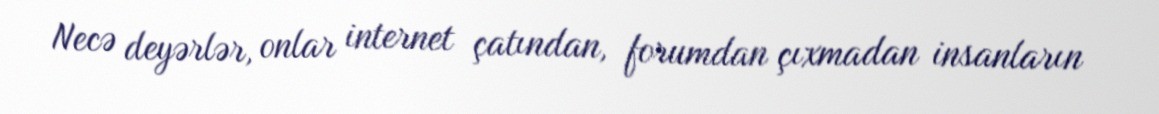
Necə deyərlər, onlar internet çatından, forumdan çıxmadan insanların